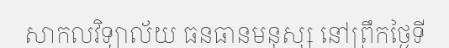
សាកលវិទ្យាល័យ ធនធានមនុស្ស នៅព្រឹកថ្ងៃទី